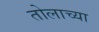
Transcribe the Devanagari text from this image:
तोलाच्या